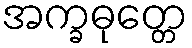
အက္ခဓုတ္တေ